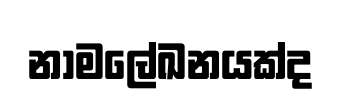
නාමලේඛනයක්ද